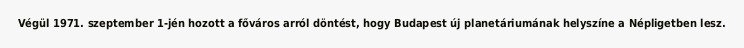
Végül 1971. szeptember 1-jén hozott a főváros arról döntést, hogy Budapest új planetáriumának helyszíne a Népligetben lesz.